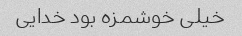
خیلی خوشمزه بود خدایی